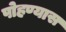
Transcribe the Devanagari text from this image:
पोहण्यास